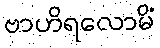
ဗာဟိရလောမိံ